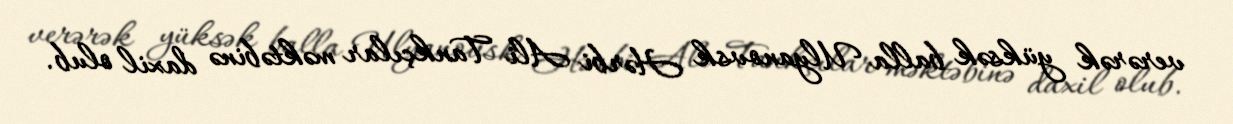
verərək yüksək balla Ulyanovsk Hərbi Ali Tankçılar məktəbinə daxil olub.